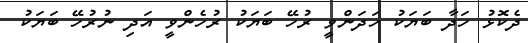
ދެކޮޅު ހަދާ ބަޔަކު ހަދަންވީ ރުހޭ ބަޔަކު ރުހެންވީ އަދި ނުރުހޭ ބަޔަކު